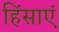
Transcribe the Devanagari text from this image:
हिंसाएं